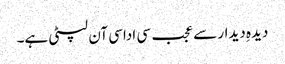
دیدہِ دیدار سے عجب سی اداسی آن لپٹی ہے۔